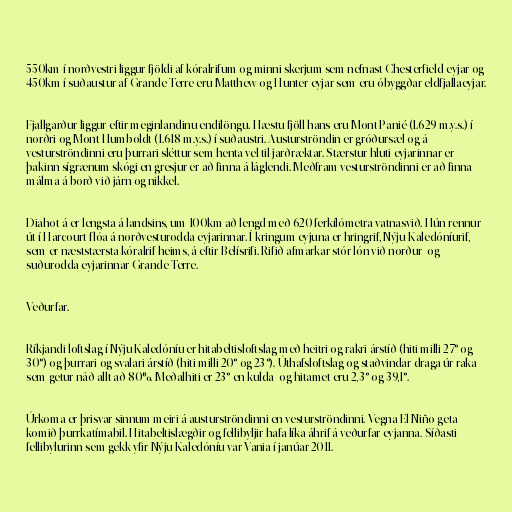
550km í norðvestri liggur fjöldi af kóralrifum og minni skerjum sem nefnast Chesterfield-eyjar og
450km í suðaustur af Grande Terre eru Matthew og Hunter-eyjar sem eru óbyggðar eldfjallaeyjar.

Fjallgarður liggur eftir meginlandinu endilöngu. Hæstu fjöll hans eru Mont Panié (1.629 m.y.s.) í
norðri og Mont Humboldt (1.618 m.y.s.) í suðaustri. Austurströndin er gróðursæl og á
vesturströndinni eru þurrari sléttur sem henta vel til jarðræktar. Stærstur hluti eyjarinnar er
þakinn sígrænum skógi en gresjur er að finna á láglendi. Meðfram vesturströndinni er að finna
málma á borð við járn og nikkel.

Diahot-á er lengsta á landsins, um 100km að lengd með 620 ferkílómetra vatnasvið. Hún rennur
út í Harcourt-flóa á norðvesturodda eyjarinnar. Í kringum eyjuna er hringrif, Nýju-Kaledóníurif,
sem er næststærsta kóralrif heims, á eftir Belísrifi. Rifið afmarkar stór lón við norður- og
suðurodda eyjarinnar Grande Terre.

Veðurfar.

Ríkjandi loftslag í Nýju Kaledóníu er hitabeltisloftslag með heitri og rakri árstíð (hiti milli 27° og
30°) og þurrari og svalari árstíð (hiti milli 20° og 23°). Úthafsloftslag og staðvindar draga úr raka
sem getur náð allt að 80%. Meðalhiti er 23° en kulda- og hitamet eru 2,3° og 39,1°.

Úrkoma er þrisvar sinnum meiri á austurströndinni en vesturströndinni. Vegna El Niño geta
komið þurrkatímabil. Hitabeltislægðir og fellibyljir hafa líka áhrif á veðurfar eyjanna. Síðasti
fellibylurinn sem gekk yfir Nýju Kaledóníu var Vania í janúar 2011.